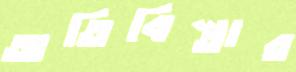
অতিবিস্তার